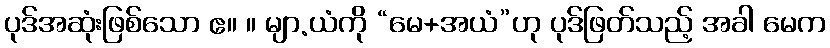
ပုဒ်အဆုံးဖြစ်သော ဧ။ ။ မျာ.ယံကို “မေ+အယံ”ဟု ပုဒ်ဖြတ်သည့် အခါ မေက